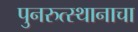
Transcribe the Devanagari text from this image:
पुनरुत्स्थानाचा